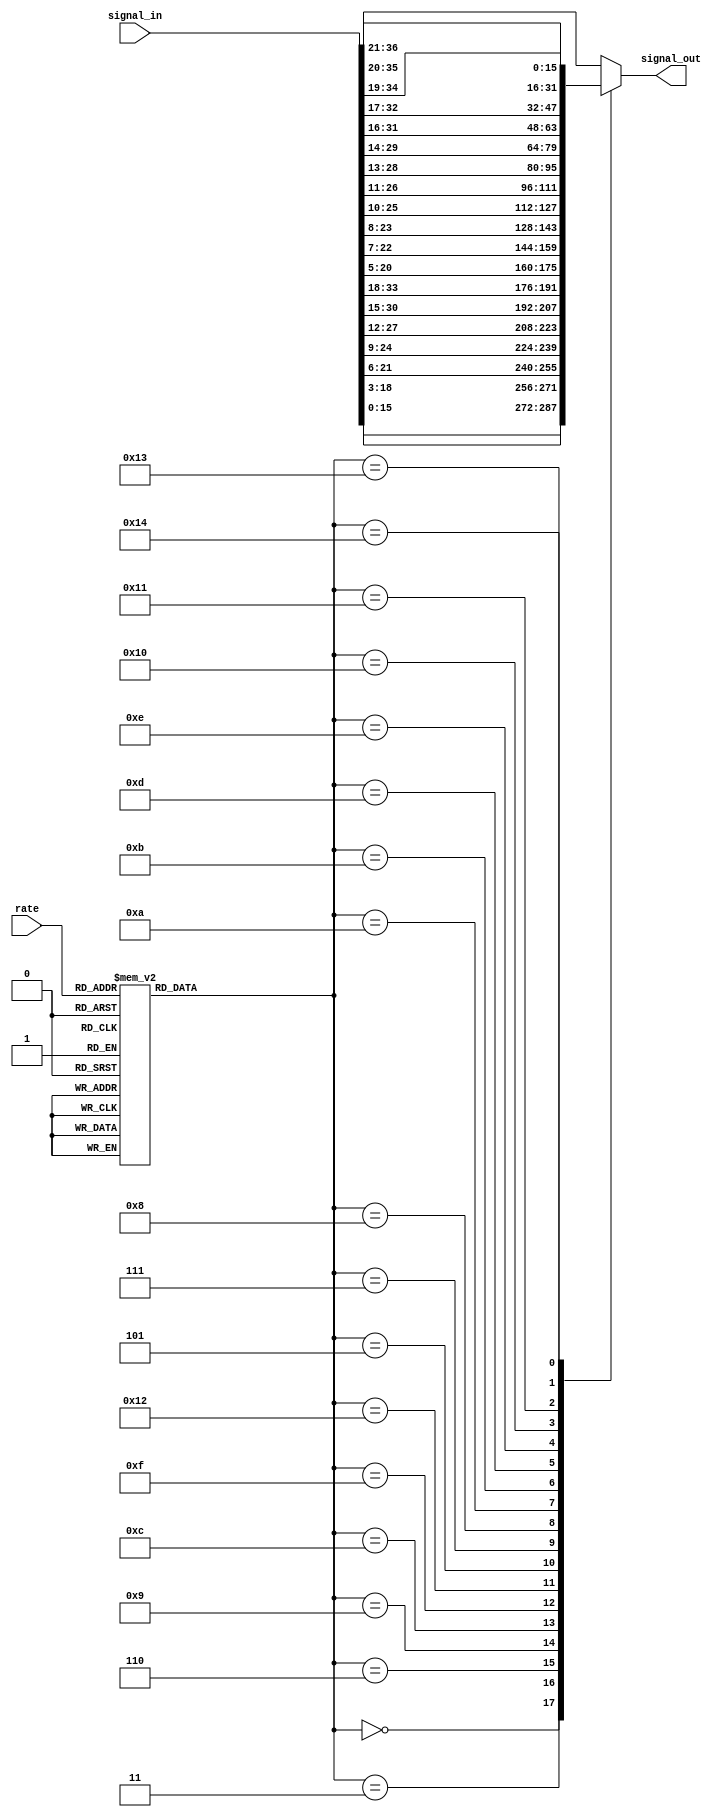
// -*- verilog -*-
//
//  USRP - Universal Software Radio Peripheral
//
//  Copyright (C) 2003 Matt Ettus
//
//  This program is free software; you can redistribute it and/or modify
//  it under the terms of the GNU General Public License as published by
//  the Free Software Foundation; either version 2 of the License, or
//  (at your option) any later version.
//
//  This program is distributed in the hope that it will be useful,
//  but WITHOUT ANY WARRANTY; without even the implied warranty of
//  MERCHANTABILITY or FITNESS FOR A PARTICULAR PURPOSE.  See the
//  GNU General Public License for more details.
//
//  You should have received a copy of the GNU General Public License
//  along with this program; if not, write to the Free Software
//  Foundation, Inc., 51 Franklin Street, Boston, MA  02110-1301  USA
//


// NOTE   This only works for N=4, max interp rate of 128
// NOTE   signal "rate" is EQUAL TO the actual rate (no more -1 BS)

module cic_int_shifter(rate,signal_in,signal_out);
   parameter bw = 16;
   parameter maxbitgain = 21;
   
   input [7:0] rate;
   input       wire [bw+maxbitgain-1:0] signal_in;
   output      reg [bw-1:0] signal_out;

   function [4:0] bitgain;
      input [7:0] rate;
      case(rate)
	// Exact Cases
	8'd1 : bitgain = 0;
	8'd2 : bitgain = 3;
	8'd4 : bitgain = 6;
	8'd8 : bitgain = 9;
	8'd16 : bitgain = 12;
	8'd32 : bitgain = 15;
	8'd64 : bitgain = 18;
	8'd128 : bitgain = 21;
	
	// Nearest without overflow	
	8'd3 : bitgain = 5;
	8'd5 : bitgain = 7;
	8'd6 : bitgain = 8;
	8'd7 : bitgain = 9;
	8'd9,8'd10 : bitgain = 10;
	8'd11,8'd12 : bitgain = 11;
	8'd13,8'd14,8'd15 : bitgain = 12;
	8'd17,8'd18,8'd19,8'd20 : bitgain = 13;
	8'd21,8'd22,8'd23,8'd24,8'd25 : bitgain = 14;
	8'd26,8'd27,8'd28,8'd29,8'd30,8'd31 : bitgain = 15;
	8'd33,8'd34,8'd35,8'd36,8'd37,8'd38,8'd39,8'd40 : bitgain = 16;
	8'd41,8'd42,8'd43,8'd44,8'd45,8'd46,8'd47,8'd48,8'd49,8'd50 : bitgain = 17;
	8'd51,8'd52,8'd53,8'd54,8'd55,8'd56,8'd57,8'd58,8'd59,8'd60,8'd61,8'd62,8'd63 : bitgain = 18;
	8'd65,8'd66,8'd67,8'd68,8'd69,8'd70,8'd71,8'd72,8'd73,8'd74,8'd75,8'd76,8'd77,8'd78,8'd79,8'd80 : bitgain = 19;
	8'd81,8'd82,8'd83,8'd84,8'd85,8'd86,8'd87,8'd88,8'd89,8'd90,8'd91,8'd92,8'd93,8'd94,8'd95,8'd96,8'd97,8'd98,8'd99,8'd100,8'd101 : bitgain = 20;
	
	default : bitgain = 21;
      endcase // case(rate)
   endfunction // bitgain
   
   wire [4:0] 	  shift = bitgain(rate);
   
   // We should be able to do this, but can't ....
   // assign 	  signal_out = signal_in[shift+bw-1:shift];
   
   always @*
     case(shift)
       5'd0  : signal_out = signal_in[0+bw-1:0];
       5'd3  : signal_out = signal_in[3+bw-1:3];
       5'd6  : signal_out = signal_in[6+bw-1:6];
       5'd9  : signal_out = signal_in[9+bw-1:9];
       5'd12 : signal_out = signal_in[12+bw-1:12];
       5'd15 : signal_out = signal_in[15+bw-1:15];
       5'd18 : signal_out = signal_in[18+bw-1:18];
       5'd21 : signal_out = signal_in[21+bw-1:21];
       
       5'd5  : signal_out = signal_in[5+bw-1:5];
       5'd7  : signal_out = signal_in[7+bw-1:7];
       5'd8  : signal_out = signal_in[8+bw-1:8];
       5'd10 : signal_out = signal_in[10+bw-1:10];
       5'd11 : signal_out = signal_in[11+bw-1:11];
       5'd13 : signal_out = signal_in[13+bw-1:13];
       5'd14 : signal_out = signal_in[14+bw-1:14];
       5'd16 : signal_out = signal_in[16+bw-1:16];
       5'd17 : signal_out = signal_in[17+bw-1:17];
       5'd19 : signal_out = signal_in[19+bw-1:19];
       5'd20 : signal_out = signal_in[20+bw-1:20];
       
       default : signal_out = signal_in[21+bw-1:21];
     endcase // case(shift)

endmodule // cic_int_shifter